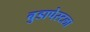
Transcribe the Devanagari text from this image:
बुडापेस्टला